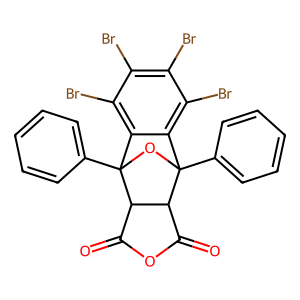
SMILES: O=C1OC(=O)C2C1C1(c3ccccc3)OC2(c2ccccc2)c2c(Br)c(Br)c(Br)c(Br)c21
Inhibits HIV replication: No